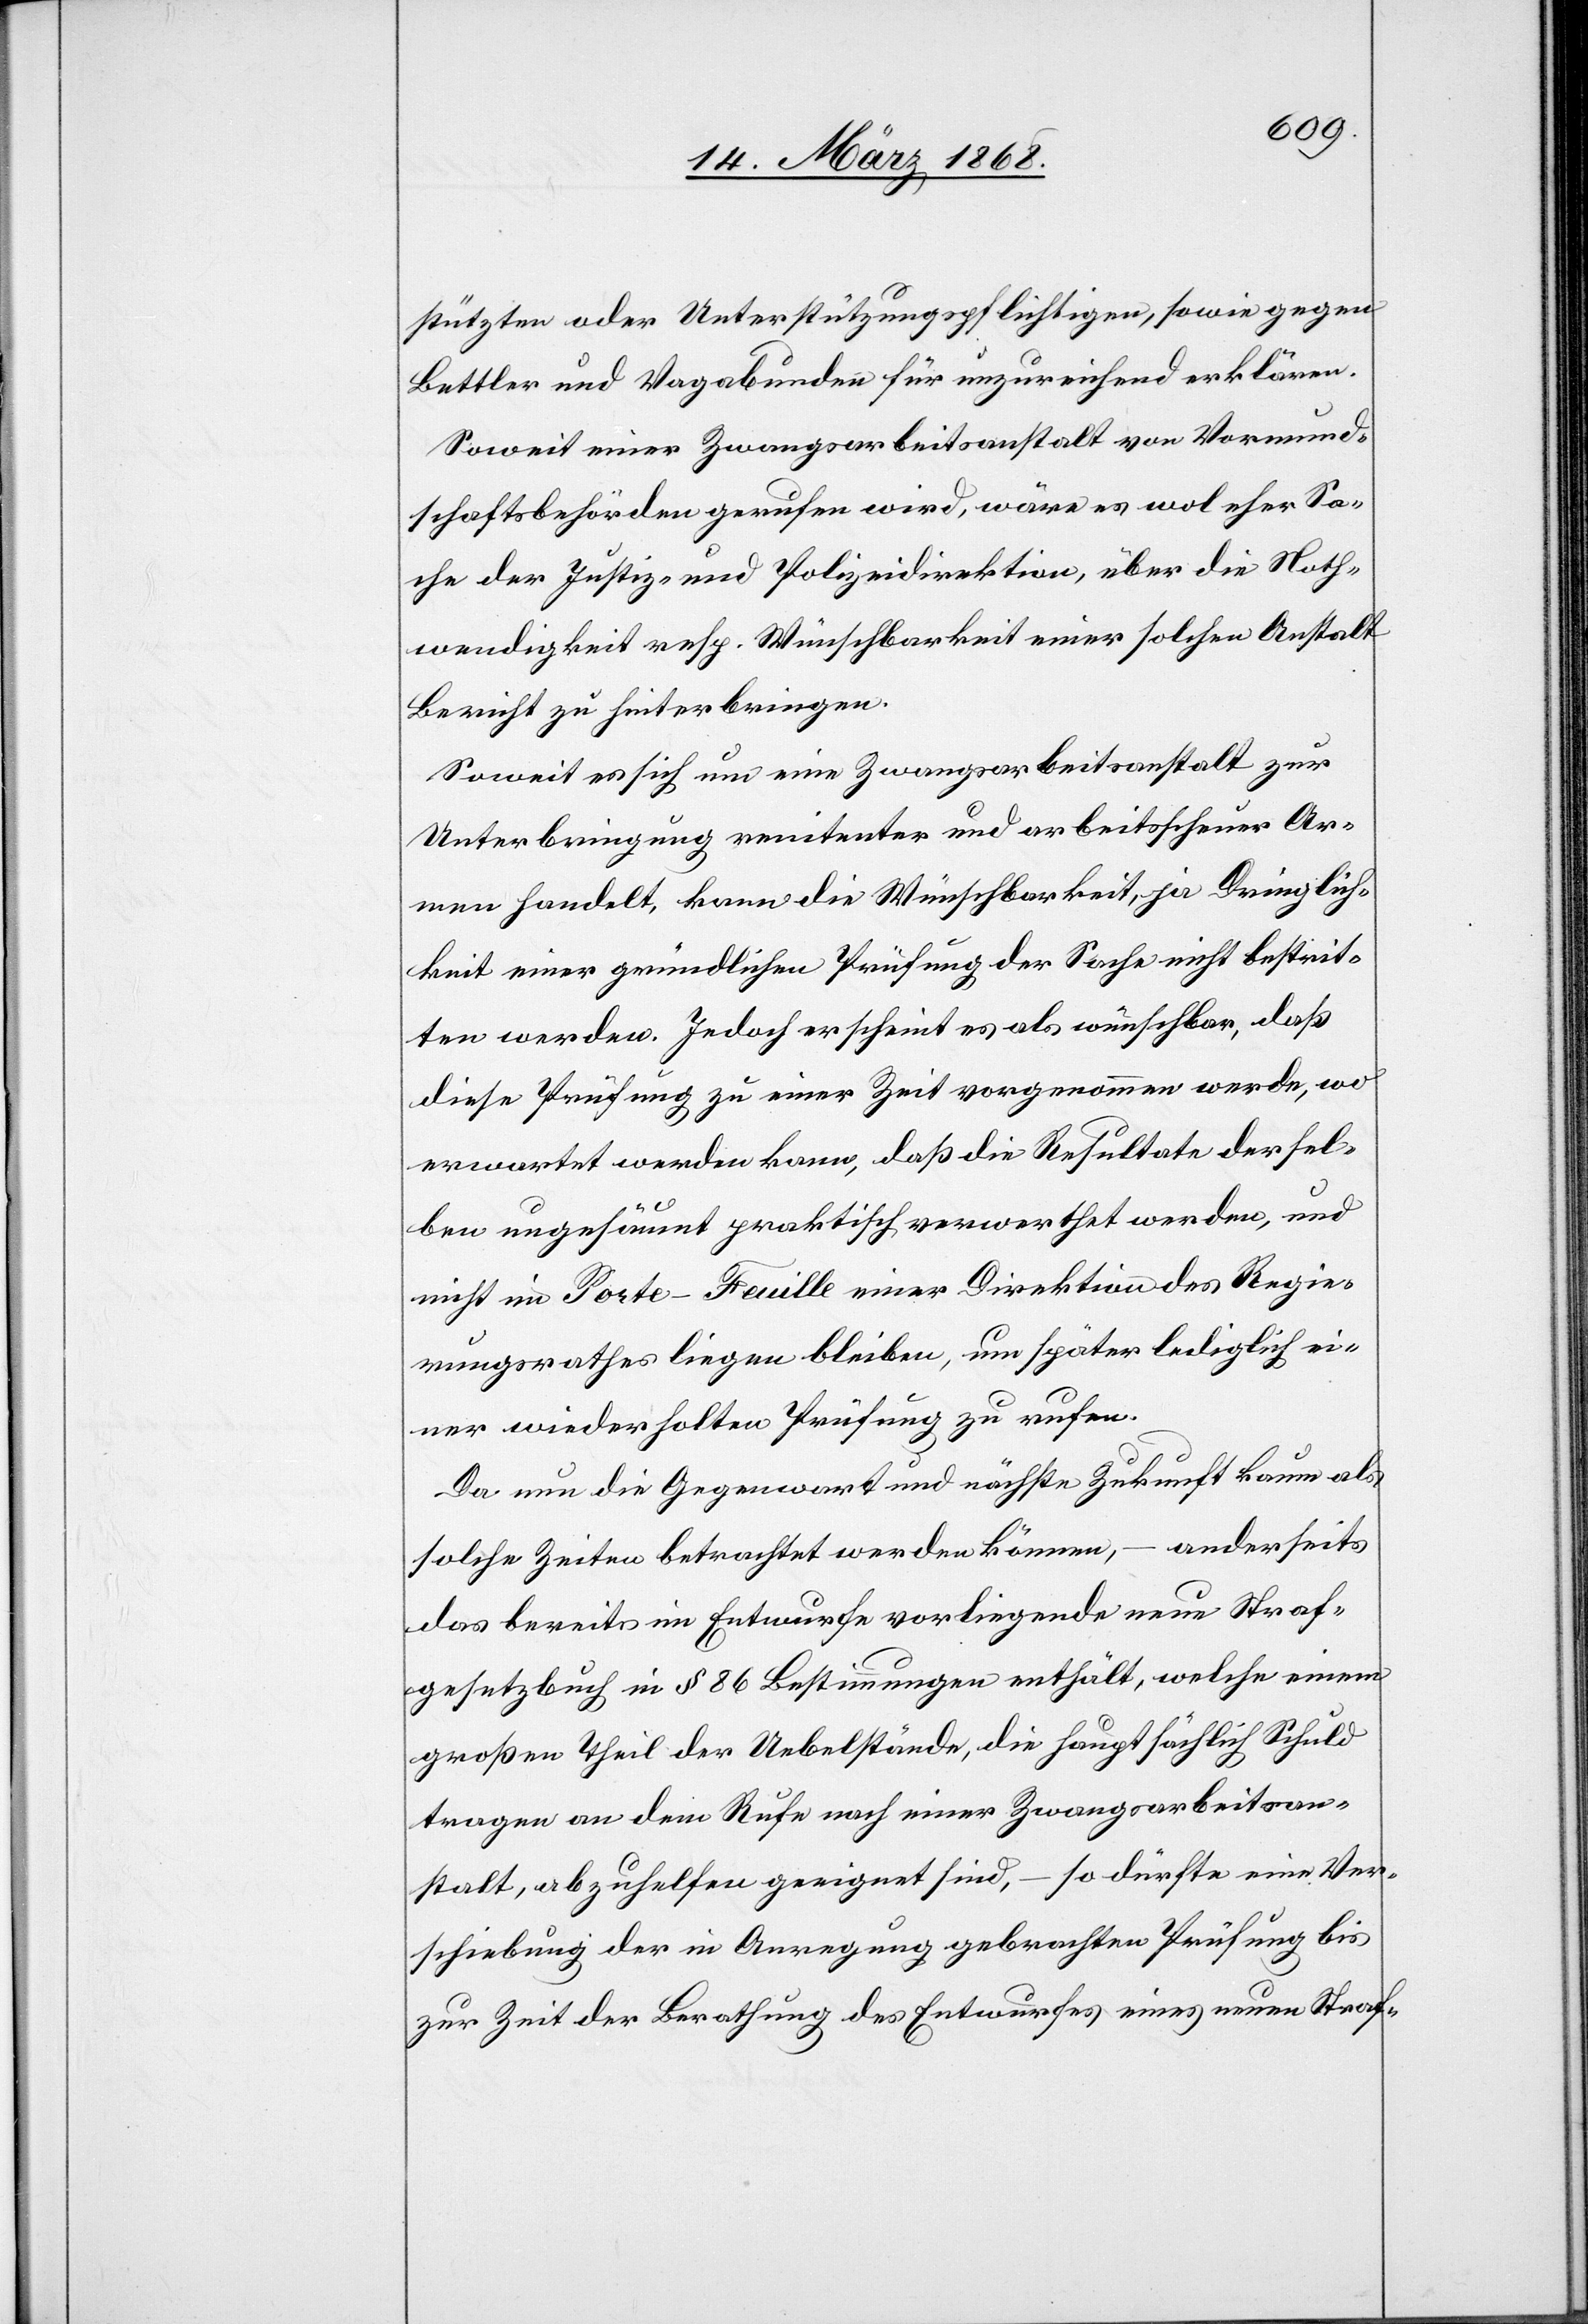
stützten oder Unterstützungspflichtigen, sowie gegen
Bettler und Vagabunden für unzureichend erklären.
Soweit einer Zwangsarbeitsanstalt von Vormund¬
schaftsbehörden gerufen wird, wäre es wol eher Sa¬
che der Justiz- und Polizeidirektion, über die Noth¬
wendigkeit resp. Wünschbarkeit einer solchen Anstalt
Bericht zu hinterbringen.
Soweit es sich um eine Zwangsarbeitsanstalt zur
Unterbringung renitenter und arbeitsscheuer Ar¬
men handelt, kann die Wünschbarkeit, ja Dringlich¬
keit einer gründlichen Prüfung der Sache nicht bestrit¬
ten werden. Jedoch erscheint es als wünschbar, daß
diese Prüfung zu einer Zeit vorgenommen werde, wo
erwartet werden kann, daß die Resultate dersel¬
ben ungesäumt praktisch verwerthet werden, und
nicht im Porte-Feuille einer Direktion des Regie¬
rungsrathes liegen bleiben, um später lediglich ei¬
ner wiederholten Prüfung zu rufen.
Da nun die Gegenwart und nächste Zukunft kaum als
solche Zeiten betrachtet werden können, – anderseits
das bereits im Entwurfe vorliegende neue Straf¬
gesetzbuch in § 86 Bestimmungen enthält, welche einem
großen Theil der Uebelstände, die hauptsächlich Schuld
tragen an dem Rufe nach einer Zwangsarbeitsan¬
stalt, abzuhelfen geeignet sind, – so dürfte eine Ver¬
schiebung der in Anregung gebrachten Prüfung bis
zur Zeit der Berathung des Entwurfes eines neuen Straf-